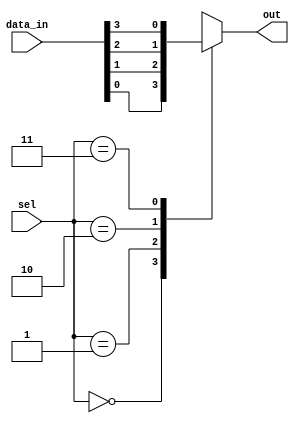
module mux_4to1 (
  input [3:0] data_in,
  input [1:0] sel,
  output reg out
);

always @(*) begin
  case(sel)
    2'b00: out = data_in[0];
    2'b01: out = data_in[1];
    2'b10: out = data_in[2];
    2'b11: out = data_in[3];
  endcase
end

endmodule